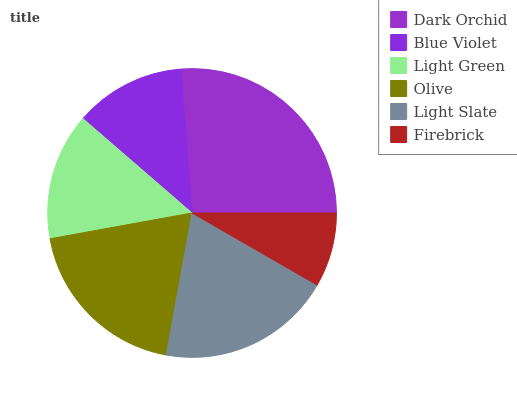
| Dark Orchid | Blue Violet | Light Green | Olive | Light Slate | Firebrick |
 | --- | --- | --- | --- | --- | --- |
 | 26.2% | 12.5% | 14.2% | 19.2% | 19.6% | 8.32% |